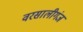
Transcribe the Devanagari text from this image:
वरसालीगंज